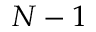
N - 1